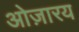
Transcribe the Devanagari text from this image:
ओज़ारय